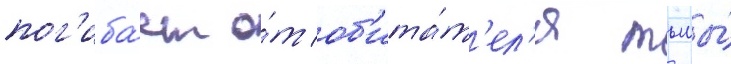
пог'иба́ет о́т об'ита́т'ел'я тьмы́